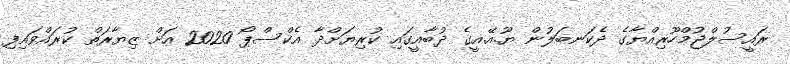
ރައީސުލްޖުމްހޫރިއްޔާގެ ދެކަނބަލުން ޔޫ.އޭ.އީގެ ދުބާއީގައި ކުރިޔަށްދާ އެކްސްޕޯ 2020 އަށް ޒިޔާރަތް ކުރައްވައިފި